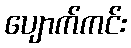
ပျောက်ကင်း